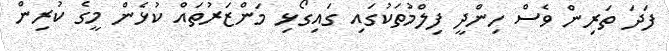
ފަދަ ތަރިން ވެސް ހިންދީ ފިލްމުތަކުގައި ގައިގޯޅި މަންޒަރުތައް ކުޅެން މީގެ ކުރިން